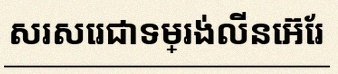
សរសេរជាទម្រង់លីនេអ៊ែរ